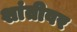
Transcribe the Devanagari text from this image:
शांतीवर